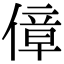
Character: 傽